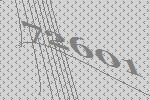
72601